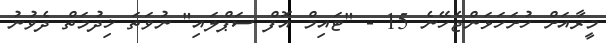
މީރާއަށް ހުށަހަޅަންޖެހޭނެ 15 - "ޓައިމް އޮފް ސަޕްލައި" ނުވަތަ ޚިދުމަތް ދެވުނު